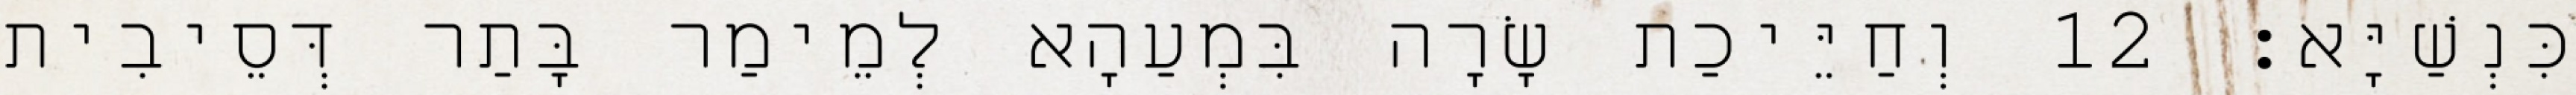
כִּנְשַׁיָּא׃ 12 וְחַיֵּיכַת שָׂרָה בִּמְעַהָא לְמֵימַר בָּתַר דְּסֵיבִית